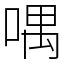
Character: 喁